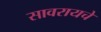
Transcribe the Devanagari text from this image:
सावरायचे